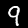
Label: 9